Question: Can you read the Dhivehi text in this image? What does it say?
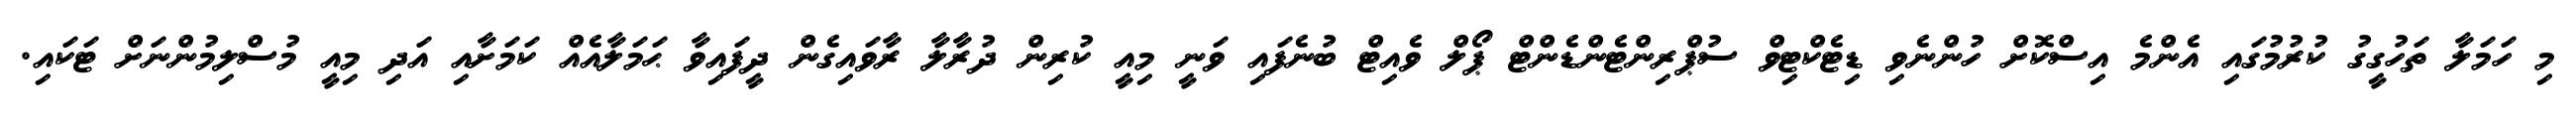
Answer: މި ހަމަލާ ތަހުގީގު ކުރުމުގައި އެންމެ އިސްކޮށް ހުންނެވި ޑިޓެކްޓިވް ސުޕްރިންޓެންޑެންޓް ޕޯލް ވެއިޓް ބުނެފައި ވަނީ މިއީ ކުރިން ދުރާލާ ރާވައިގެން ދީފައިވާ ޙަމަލާއެއް ކަމަށާއި އަދި މިއީ މުސްލިމުންނަށް ޓަކައި.